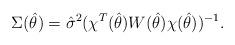
LaTeX: \begin{align*}\Sigma(\hat{\theta})=\hat{\sigma}^2 (\chi^T(\hat{\theta})W(\hat{\theta})\chi(\hat{\theta}))^{-1}.\end{align*}